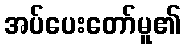
အပ်ပေးတော်မူ၏